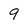
Character: 9